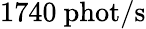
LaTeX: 1740\ \mathrm{phot/s}